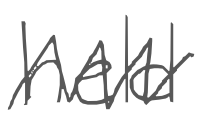
Text: held
Cross-out: zig-zag
Writing tool: digital_gray